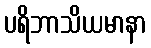
ပရိဘာသိယမာနာ